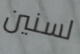
لسنين